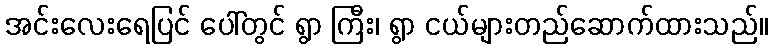
အင်းလေးရေပြင် ပေါ်တွင် ရွာ ကြီး၊ ရွာ ငယ်များတည်ဆောက်ထားသည်။